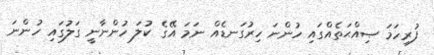
ފުރިހަމަ ޞިއްޙަތެއްގައި ހުންނަ ހިރުގަނޑެއް ނަމަ އޭގެ ކުލަ ހުންނާނީ ގަލުގައި ހުންނަ